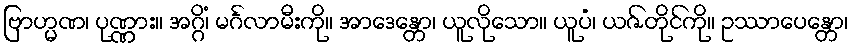
ဗြာဟ္မဏ၊ ပုဏ္ဏား။ အဂ္ဂိံ၊ မင်္ဂလာမီးကို။ အာဒေန္တော၊ ယူလိုသော။ ယူပံ၊ ယဇ်တိုင်ကို။ ဥဿာပေန္တော၊